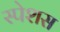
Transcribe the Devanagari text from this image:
स्पेशस